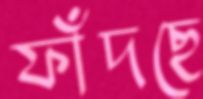
ফাঁদছে